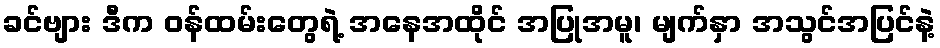
ခင်ဗျား ဒီက ဝန်ထမ်းတွေရဲ့ အနေအထိုင် အပြုအမူ၊ မျက်နှာ အသွင်အပြင်နဲ့